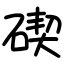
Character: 碶